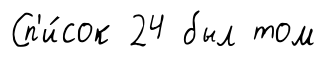
Сп'и́сок 24 был том